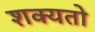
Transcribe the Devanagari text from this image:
शक्‍यतो